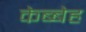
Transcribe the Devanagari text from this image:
केब्बेह